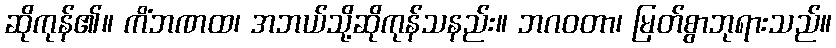
ဆိုကုန်၏။ ကိံဘဏထ၊ အဘယ်သို့ဆိုကုန်သနည်း။ ဘဂဝတာ၊ မြတ်စွာဘုရားသည်။